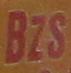
bzs